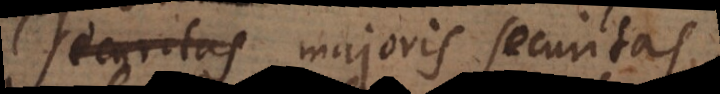
securitas majoris securitas.